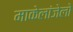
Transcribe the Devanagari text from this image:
माकेलांजेलो